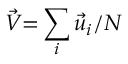
\vec { V } { = } \sum _ { i } \vec { u } _ { i } / N